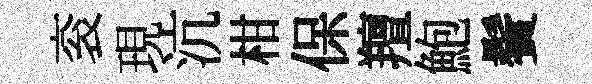
衮現沆柑保羶鮑鬢